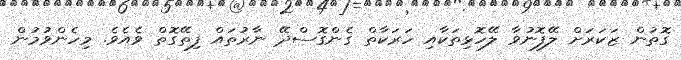
ގޮތުން ޒަކަރަށް ލޭފޮނުވާ ލޭހޮޅިތަކާއި ހަރަކާތް ގެންގޮސްދޭ ނާރުތައް ފިތޭގޮތް ވެއެވެ. މިހެންވުމުން